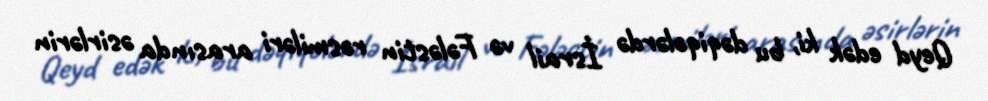
Qeyd edək ki, bu dəqiqələrdə İsrail və Fələstin rəsmiləri arasında əsirlərin